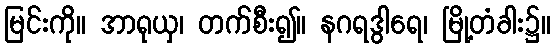
မြင်းကို။ အာရုယှ၊ တက်စီး၍။ နဂရဒွါရေ၊ မြို့တံခါး၌။